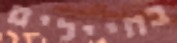
בחיילים